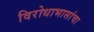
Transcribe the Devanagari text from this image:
विरोधाभासांचा